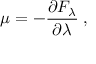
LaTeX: \mu = - \frac { \partial F _ { \lambda } } { \partial \lambda } \; ,